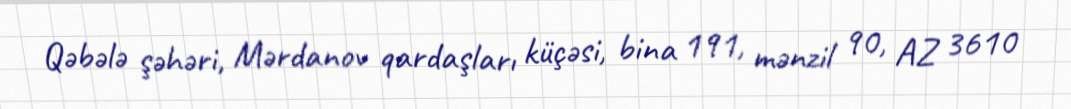
Qəbələ şəhəri, Mərdanov qardaşları küçəsi, bina 191, mənzil 90, AZ 3610